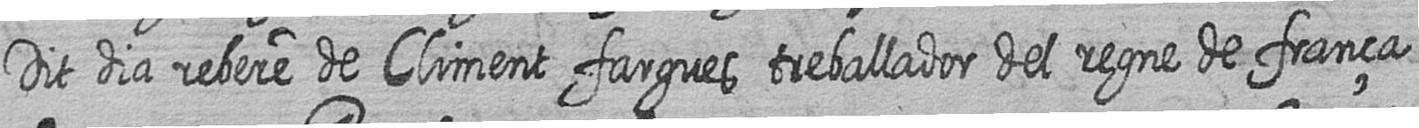
Dit dia rebere de Climent fargues treballador del regne de frança